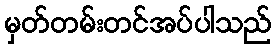
မှတ်တမ်းတင်အပ်ပါသည်